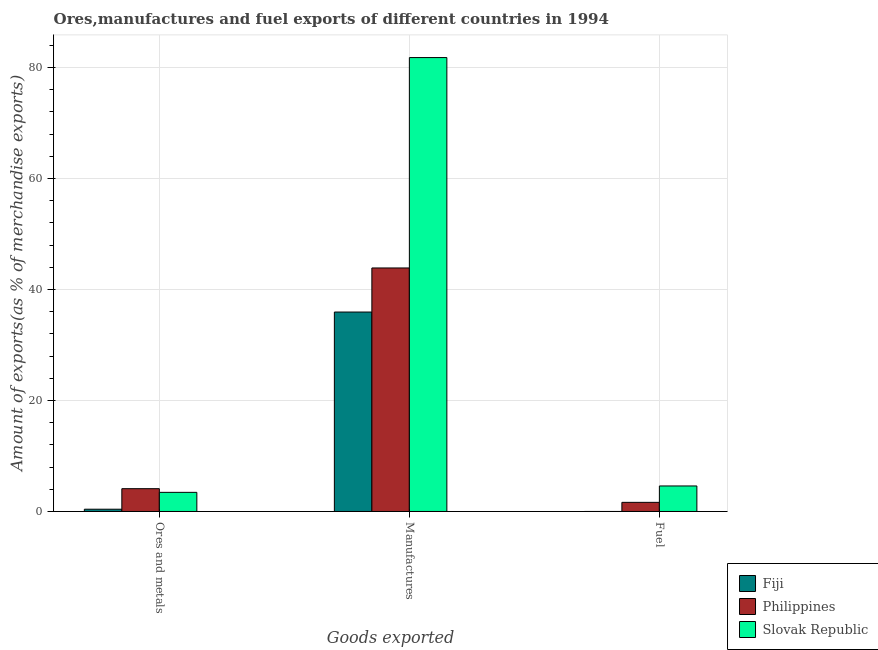
| Goods exported | Fiji | Philippines | Slovak Republic |
 | --- | --- | --- | --- |
 | Ores and metals | 0.408 | 4.11 | 3.45 |
 | Manufactures | 35.9 | 43.9 | 81.8 |
 | Fuel | 0.00134 | 1.65 | 4.6 |